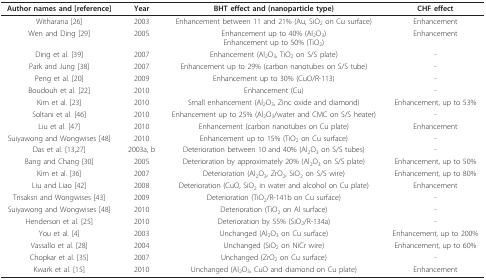
| Author names and [reference] | Year | BHT effect and (nanoparticle type) | CHF effect |
 | --- | --- | --- | --- |
 | Witharana [26] | 2003 | Enhancement between 11 and 21% (Au, SiO2 on Cu surface) | Enhancement |
 | Wen and Ding [29] | 2005 | Enhancement up to 40% (Al2O3)Enhancement up to 50% (TiO2) | Enhancement |
 | Ding et al. [39] | 2007 | Enhancement (Al2O3, TiO2 on S/S plate) | - |
 | Park and Jung [38] | 2007 | Enhancement up to 29% (carbon nanotubes on S/S tube) | - |
 | Peng et al. [20] | 2009 | Enhancement up to 30% (CuO/R-113) | - |
 | Boudouh et al. [22] | 2010 | Enhancement (Cu) | - |
 | Kim et al. [23] | 2010 | Small enhancement (Al2O3, Zinc oxide and diamond) | Enhancement, up to 53% |
 | Soltani et al. [46] | 2010 | Enhancement up to 25% (Al2O3/water and CMC on S/S heater) | - |
 | Liu et al. [47] | 2010 | Enhancement (carbon nanotubes on Cu plate) | Enhancement |
 | Suiyawong and Wongwises [48] | 2010 | Enhancement up to 15% (TiO2 on Cu surface) | - |
 | Das et al. [13,27] | 2003a, b | Deterioration between 10 and 40% (Al2O3 on S/S tubes) | - |
 | Bang and Chang [30] | 2005 | Deterioration by approximately 20% (Al2O3 on S/S plate) | Enhancement, up to 50% |
 | Kim et al. [36] | 2007 | Deterioration (Al2O3, ZrO2, SiO2 on S/S wire) | Enhancement, up to 80% |
 | Liu and Liao [42] | 2008 | Deterioration (CuO, SiO2 in water and alcohol on Cu plate) | Enhancement |
 | Trisaksri and Wongwises [43] | 2009 | Deterioration (TiO2/R-141b on Cu surface) | - |
 | Suiyawong and Wongwises [48] | 2010 | Deterioration (TiO2 on Al surface) | - |
 | Henderson et al. [25] | 2010 | Deterioration by 55% (SiO2/R-134a) | - |
 | You et al. [4] | 2003 | Unchanged (Al2O3 on Cu surface) | Enhancement, up to 200% |
 | Vassallo et al. [28] | 2004 | Unchanged (SiO2 on NiCr wire) | Enhancement, up to 60% |
 | Chopkar et al. [35] | 2007 | Unchanged (ZrO2 on Cu surface) | - |
 | Kwark et al. [15] | 2010 | Unchanged (Al2O3, CuO and diamond on Cu plate) | Enhancement |